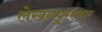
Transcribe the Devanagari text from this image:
लेखनपुरस्कार